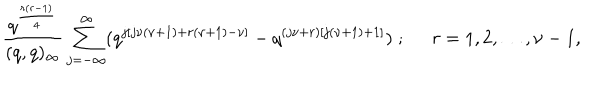
\frac { q ^ { \frac { r ( r - 1 ) } { 4 } } } { ( q , q ) _ { \infty } } \sum _ { j = - \infty } ^ { \infty } ( q ^ { j [ j \nu ( \nu + 1 ) + r ( \nu + 1 ) - \nu ] } - q ^ { ( j \nu + r ) [ j ( \nu + 1 ) + 1 ] } ) \; ; \; \; r = 1 , 2 , \ldots , \nu - 1 ,